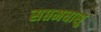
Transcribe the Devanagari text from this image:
सप्तमघासु